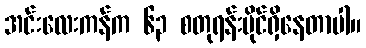
အင်းလေးကန်က ၆၃ စတုရန်းမိုင်ရှိနေတာပါ။